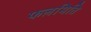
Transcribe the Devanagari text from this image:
फलमिति